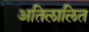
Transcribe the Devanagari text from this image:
अतिलालित